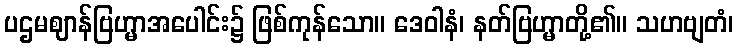
ပဌမဈာန်ဗြဟ္မာအပေါင်း၌ ဖြစ်ကုန်သော။ ဒေဝါနံ၊ နတ်ဗြဟ္မာတို့၏။ သဟဗျတံ၊